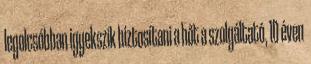
legolcsóbban igyekszik biztosítani a hőt a szolgáltató, 10 éven